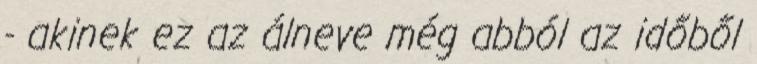
- akinek ez az álneve még abból az időből